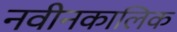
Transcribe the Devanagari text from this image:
नवीनकालिक